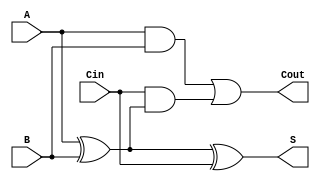
module FullAdder (
    input wire A,      // Input A
    input wire B,      // Input B
    input wire Cin,    // Carry input
    output wire S,     // Sum output
    output wire Cout    // Carry output
);
    assign S = A ^ B ^ Cin;                     // Sum calculation
    assign Cout = (A & B) | (Cin & (A ^ B));    // Carry calculation
endmodule